Civil Veterinary Dept. Bombay admin report 1907-1913 - 1907-1913
Year: 1907
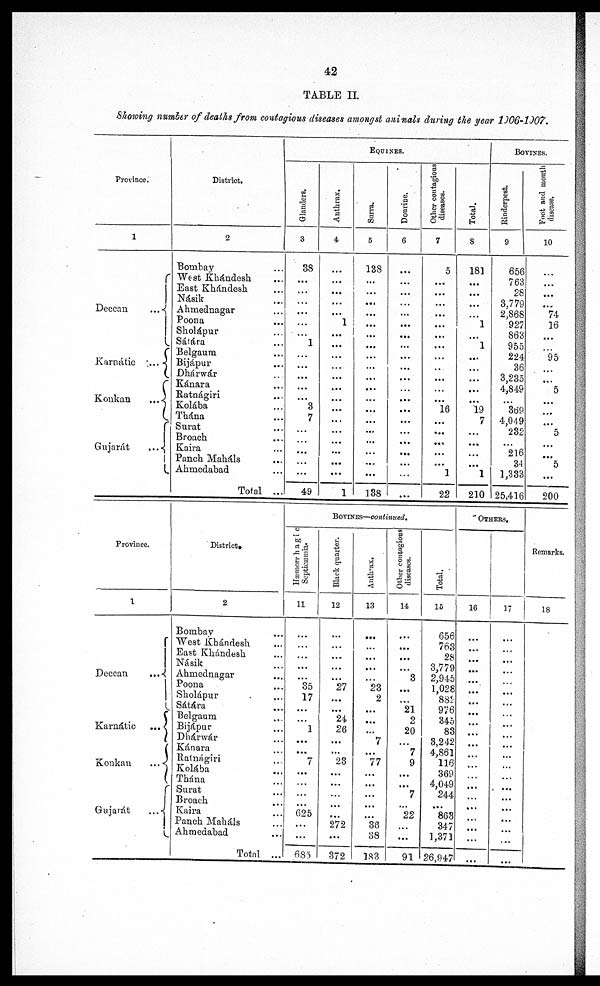
42
TABLE II.
Showing number of deaths from contagious diseases amongst animals during the year 1906-1907.
Province.
1
Deccan
...
Karnátie
...
Konkan
...
Gujarát
...
District.
2
Bombay ...
West Khándesh ...
East Khándesh ...
Násik ...
Ahmednagar ...
Poona ...
Sholápur ...
Sátára ...
Belgaum ...
Bijápur
Dhárwár ...
Kánara ...
Ratnágiri
Kolába
Thána ...
Surat ...
Broach
Kaira ...
Panch Maháls ...
Ahmedabad ...
Total ...
EQUINES.
Glanders.
3
38
...
......
......
...
...
...
1
...
...
...
...
...
3
7
...
...
...
49
Anthrax.
4
...
...
...
...
...
1
...
...
...
...
...
...
...
...
...
...
...
...
...
1
Surra.
5
138
...
...
...
...
...
...
...
...
...
...
...
...
...
...
...
...
...
...
...
138
Douriue.
6
...
...
...
...
...
...
...
...
...
...
...
...
...
...
...
...
...
...
...
...
...
Other contagions
diseases.
7
0
...
...
...
...
...
...
...
...
...
...
...
16
...
...
...
...
...
1
22
Total.
8
181
...
...
...
...
1
...
1
...
...
...
...
...
19
7
...
...
...
...
1
210
BOVINES.
Rinderpest.
9
656
763
28
3,770
2,868
927
863
955
224
36
3,235
4,849
...
369
4,049
232
...
216
34
1,333
25,416
Foot and mouth
disease.
10
...
...
...
...
74
16
...
95
...
5
...
...
5
...
...
5
...
200
Province.
1
Deccan
...
Karnátic
...
Konkan
...
Gujarát ...
District.
2
Bombay ...
West Khándesh ...
East Khándesh ...
Násik ...
Ahmednagar ...
Poona ...
Sholápur ...
Sátára ...
Belgaum ...
Bijápur ...
Dhárwár ...
Kánara ...
Ratnágiri ...
Kolába ...
Thána ...
Surat ...
Broach ...
Kaira ...
Panch Maháls ...
Ahmedabad ...
Total ...
BOVINES—continued.
Hæmorrhagic
11
...
...
...
...
...
35
17
...
...
1
...
...
7
...
...
...
...
625
...
...
683
Black quarter.
12
...
...
...
...
...
27
...
...
24
26
...
...
23
...
...
...
...
272
...
372
Anthrax,
13
...
...
...
...
...
23
2
...
...
.. .
7
...
77
...
...
...
...
...
36
08
183
Other contagious
diseases.
14
...
...
...
...
3
...
...
21
2
20
...
7
9
...
...
7
...
22
...
...
91
Total.
15
656
763
28
3,779
2,945
1,028
882
976
345
83
3,242
4,861
116
369
4,049
244
...
863
347
1,371
26,947
OTHERS.
16
...
...
...
...
...
...
...
...
...
...
...
...
...
...
...
...
...
...
...
...
...
17
...
...
...
...
...
...
...
...
...
...
...
...
...
...
...
...
...
...
...
...
...
Remarks.
18